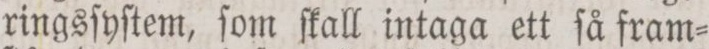
ringsſyſtem, ſom ſkall intaga ett ſå fram=